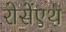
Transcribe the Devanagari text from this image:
रोसेंएथ